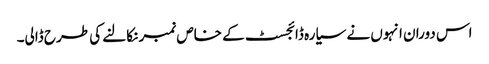
اس دوران انہوں نے سیارہ ڈائجسٹ کے خاص نمبر نکالنے کی طرح ڈالی۔